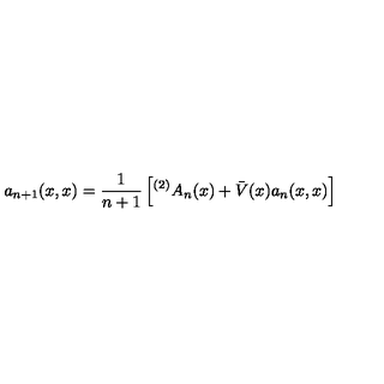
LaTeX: a _ { n + 1 } ( x , x ) = \frac { 1 } { n + 1 } \left[ { ^ { ( 2 ) } A } _ { n } ( x ) + \bar { V } ( x ) a _ { n } ( x , x ) \right]